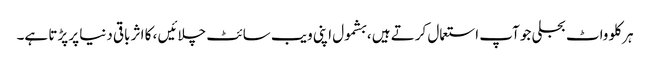
ہر کلو واٹ بجلی جو آپ استعمال کرتے ہیں ، بشمول اپنی ویب سائٹ چلائیں ، کا اثر باقی دنیا پر پڑتا ہے۔